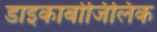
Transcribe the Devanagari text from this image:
डाइकार्बोजिलिक